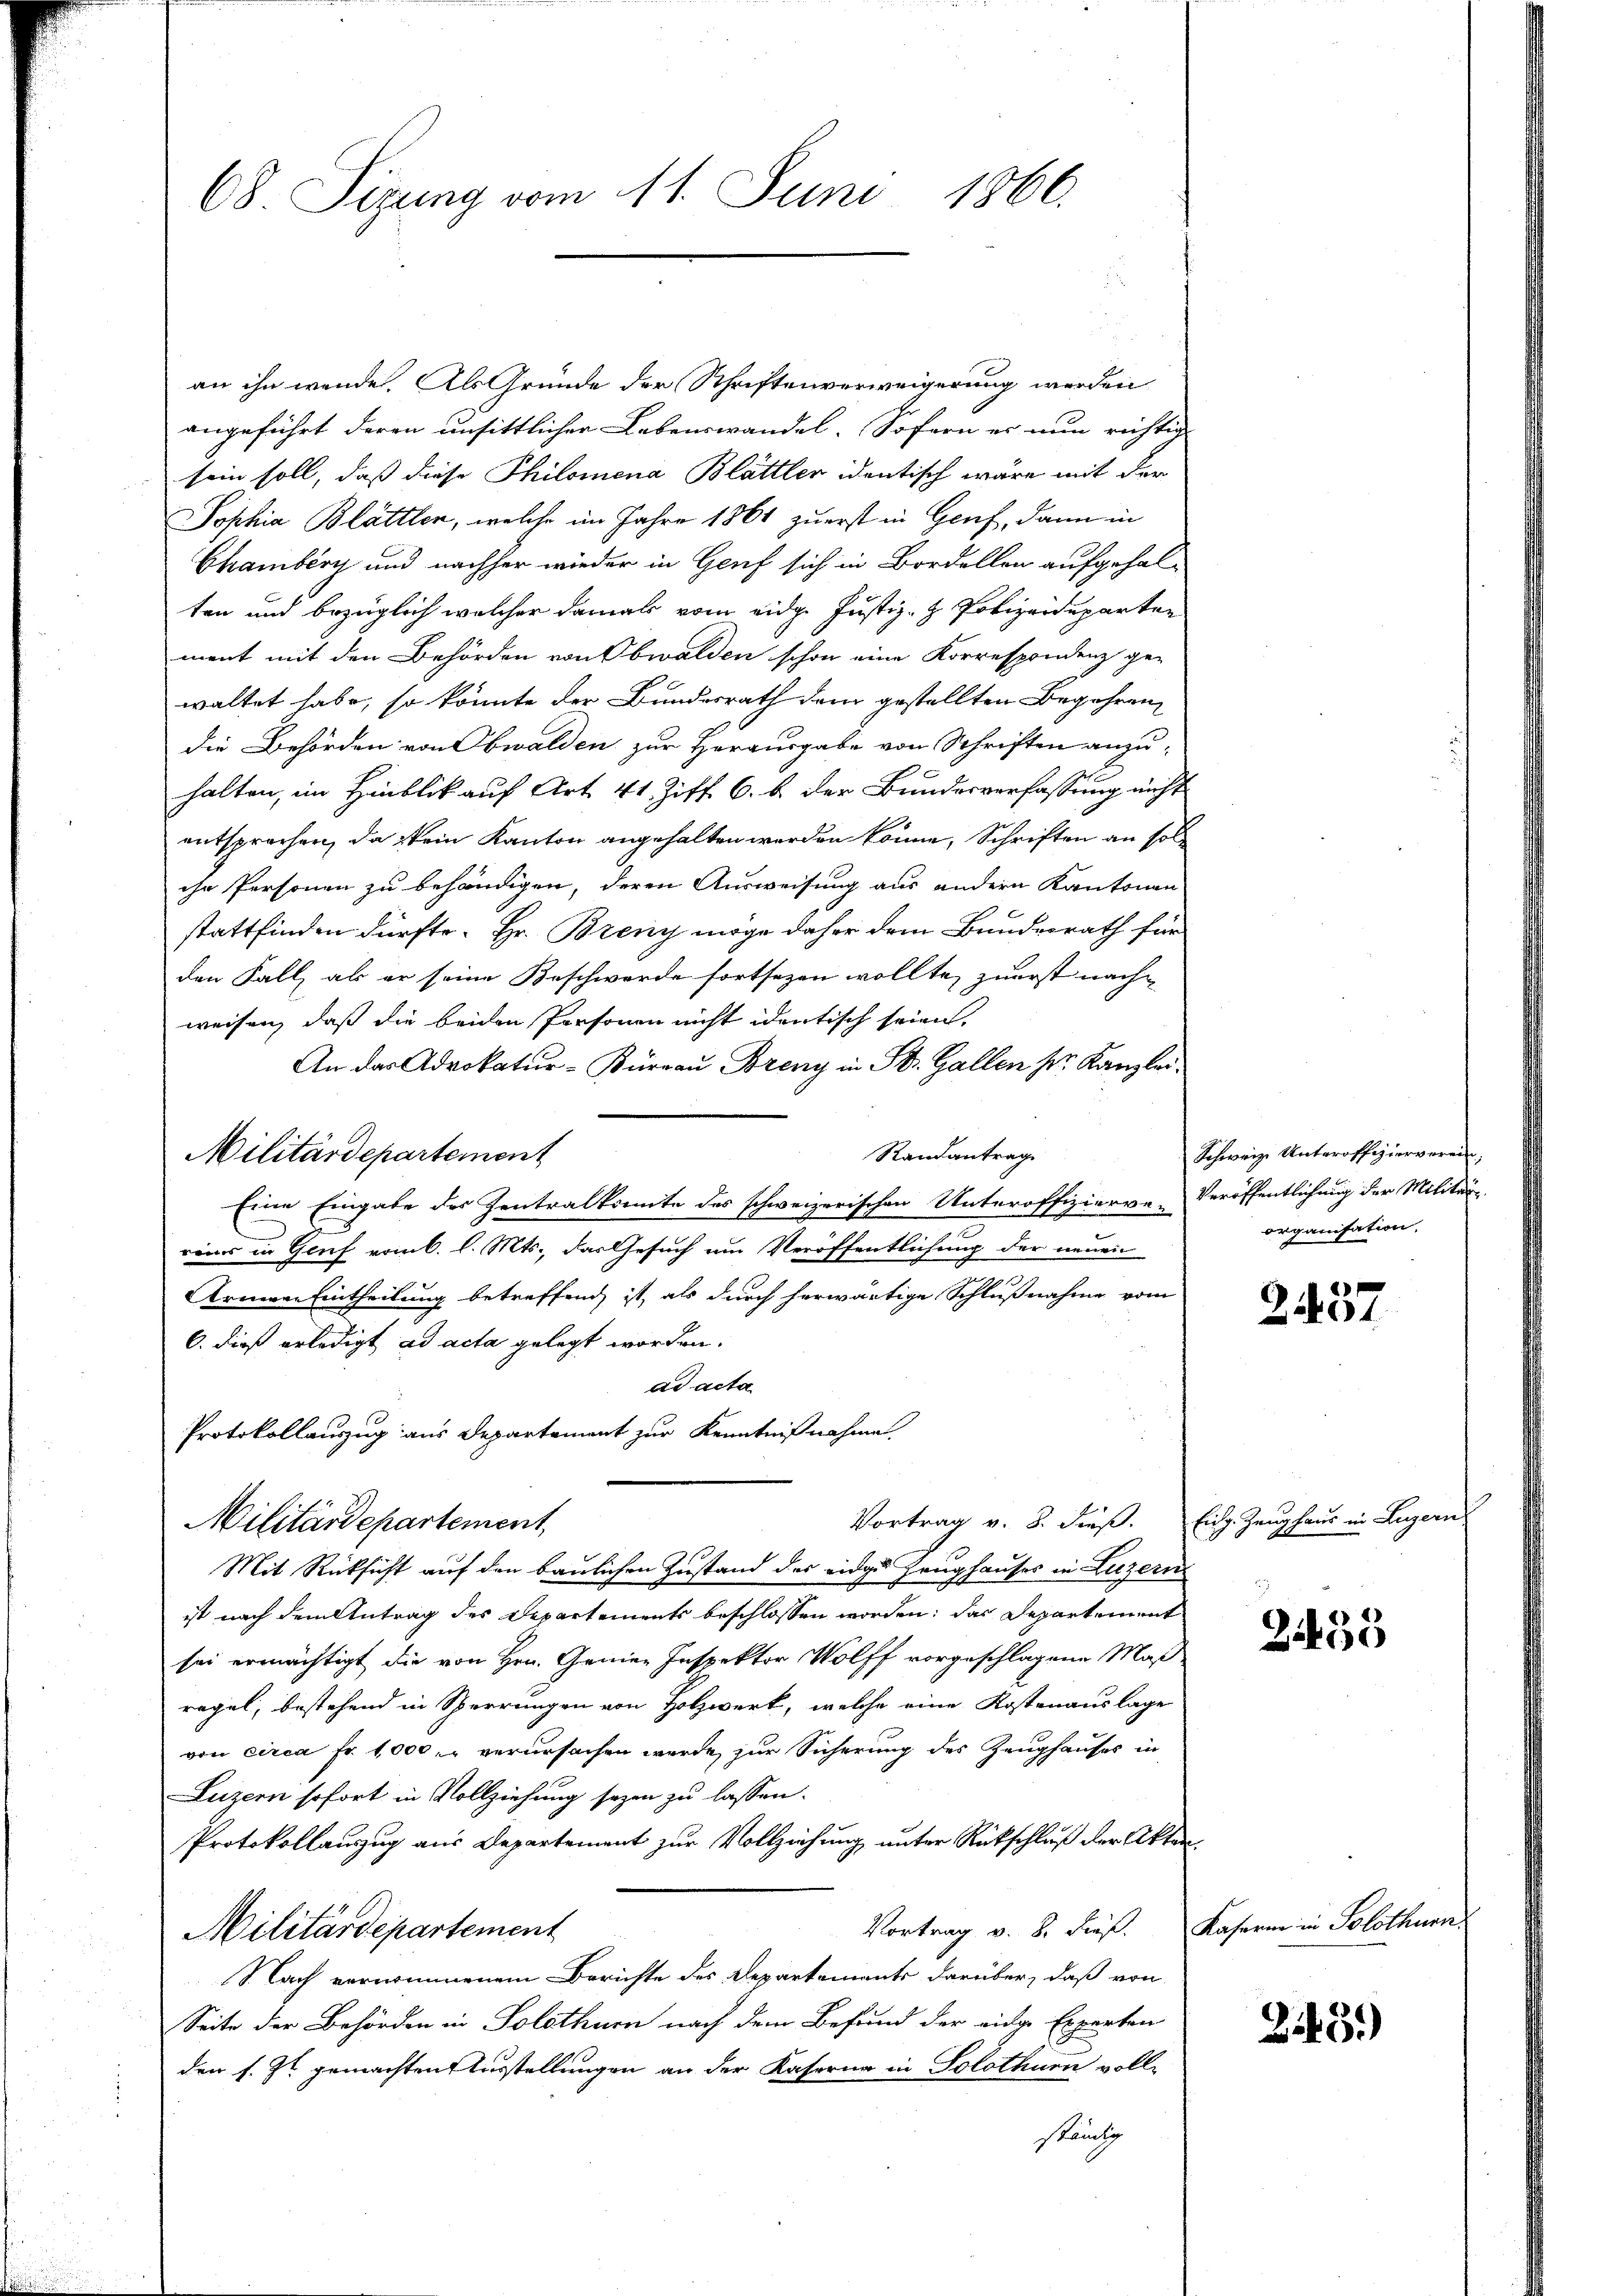
68. Sizung vom 11. Juni 1866.

an ihn werde. Als Gründe der Schriftenverweigerung werden
angeführt deren unsittlicher Lebenswandel. Sofern es nun richtig
sein soll, daß diese Philomena Blättler identisch wäre mit der
Jophia Blättlen, welche im Jahre 1861 zuerst in Genf, dann in
Chamberg und nachher wieder in Genf sich in Bordellen aufgehalten und bezüglich welcher damals vom eidg. Justiz- & Polizeideparten
ment mit den Behörden von Obwalden schon eine Korrespondenz ge-
waltet habe, so könnte der Bundesrath dem gestellten Begehren,
die Behörden von Obwalden zur Herausgabe von Schriften anzuhalten, im Hinblick auf Art. 41. Ziff. 6. b. der Bundesverfassung nicht
entsprochen, da kein Kanton angehalten werden könne, Schriften an solihr Personen zu behändigen, deren Ausweisung aus andern Kantonen
stattfinden dürfte. Hr. Breny möge daher dem Bundesrath für
den Fall, als er seine Beschwerde fortsezen wollte, zuerst nachweisen, daß die beiden Personen nicht identisch seien.
An das Advokatur-Kürrau Breny in St. Gallen Sr. Kanzlei:
Randantrag
Militärdepartement
Eine Eingabe der Zentralkomite des schweizerischen Unteroffizierve-Veröffentlichung der Militär-
eis in Genf vom 6. l. Mts., das Gesuch um Veröffentlichung der neuen
Arneren Eintheilung betreffend, ist, als durch herwärtige Schlußnahme vom
6. dieß erledigt ad acta gelegt worden.
ad acta
Protokollauszug aus Departement zur Kenntnißnahme
Vortrag v. 8. dieß. Eich. Zeughaus in Luzern
Militärdepartement,
Mit Rücksicht auf den baulichen Zustand des einge Zeughauses in Luzern
ist nach dem Antrag des Departements beschlossen worden; das Departement
sei ermächtigt, die von Hrn. Gener Inspektor Wolff vorgeschlagene Maß-
regel, bestehend in Sperrungen von Holzwerk, welche eine Kostenauslage
von circa Fr. 1,000 u. verursachen werde, zur Sicherung des Zeughauses in
Luzern sofort in Vollziehung seyen zu lassen.
Protokollauszug aus Departement zur Vollziehung unter Rückschluß der Akten.
Vortrag v. 8. dies. Kaserin in Solothurn,
Militärdepartement
Nach vernommenem Berichte des Departements darüber, daß von
Seite der Behörden in Solothurn nach dem Befund der eidge Experten
den s. Zt. gemachten Ausstellungen an der Kaserne in Solothurn voll-
ständig

Schweiz. Unteroffizierverein,
organisation.

1
21401

2455

24.5.)